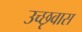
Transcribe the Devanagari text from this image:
उच्छृवास